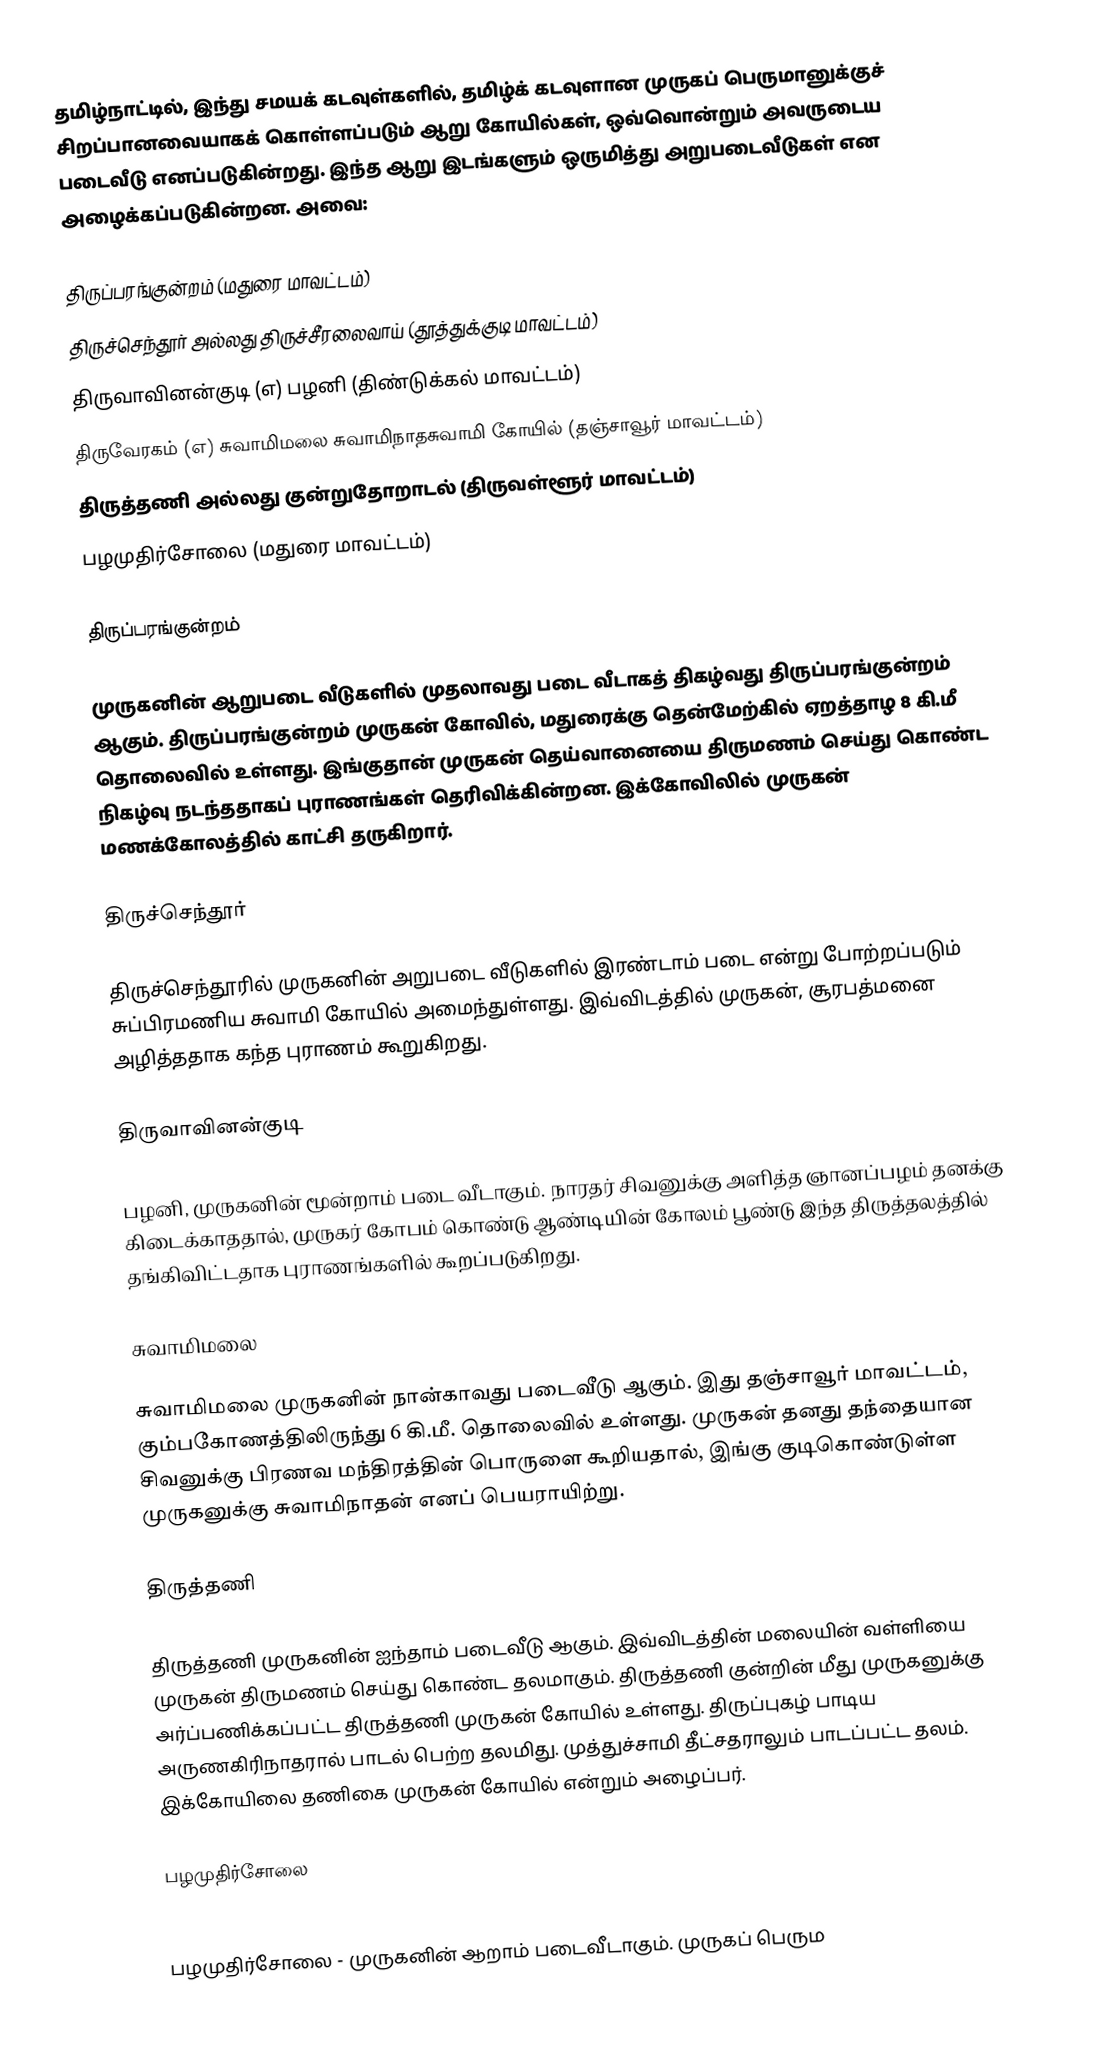
தமிழ்நாட்டில், இந்து சமயக் கடவுள்களில், தமிழ்க் கடவுளான முருகப் பெருமானுக்குச் சிறப்பானவையாகக் கொள்ளப்படும் ஆறு கோயில்கள், ஒவ்வொன்றும் அவருடைய படைவீடு எனப்படுகின்றது. இந்த ஆறு இடங்களும் ஒருமித்து அறுபடைவீடுகள் என அழைக்கப்படுகின்றன. அவை:

 திருப்பரங்குன்றம் (மதுரை மாவட்டம்)
 திருச்செந்தூர் அல்லது திருச்சீரலைவாய் (தூத்துக்குடி மாவட்டம்)
 திருவாவினன்குடி (எ) பழனி (திண்டுக்கல் மாவட்டம்)
 திருவேரகம் (எ) சுவாமிமலை சுவாமிநாதசுவாமி கோயில் (தஞ்சாவூர் மாவட்டம்)
 திருத்தணி அல்லது குன்றுதோறாடல் (திருவள்ளூர் மாவட்டம்)
 பழமுதிர்சோலை (மதுரை மாவட்டம்)

திருப்பரங்குன்றம்

முருகனின் ஆறுபடை வீடுகளில் முதலாவது படை வீடாகத் திகழ்வது திருப்பரங்குன்றம் ஆகும். திருப்பரங்குன்றம் முருகன் கோவில்,  மதுரைக்கு தென்மேற்கில் ஏறத்தாழ 8 கி.மீ தொலைவில் உள்ளது. இங்குதான் முருகன்  தெய்வானையை திருமணம் செய்து கொண்ட நிகழ்வு நடந்ததாகப் புராணங்கள் தெரிவிக்கின்றன. இக்கோவிலில் முருகன் மணக்கோலத்தில் காட்சி தருகிறார்.

திருச்செந்தூர்

திருச்செந்தூரில் முருகனின் அறுபடை வீடுகளில் இரண்டாம் படை என்று போற்றப்படும் சுப்பிரமணிய சுவாமி கோயில் அமைந்துள்ளது. இவ்விடத்தில் முருகன், சூரபத்மனை அழித்ததாக கந்த புராணம் கூறுகிறது.

திருவாவினன்குடி

பழனி, முருகனின் மூன்றாம் படை வீடாகும். நாரதர் சிவனுக்கு அளித்த ஞானப்பழம் தனக்கு கிடைக்காததால், முருகர் கோபம் கொண்டு ஆண்டியின் கோலம் பூண்டு இந்த திருத்தலத்தில் தங்கிவிட்டதாக புராணங்களில் கூறப்படுகிறது.

சுவாமிமலை

சுவாமிமலை முருகனின் நான்காவது படைவீடு ஆகும். இது தஞ்சாவூர் மாவட்டம், கும்பகோணத்திலிருந்து 6 கி.மீ. தொலைவில் உள்ளது. முருகன் தனது தந்தையான சிவனுக்கு பிரணவ மந்திரத்தின் பொருளை கூறியதால், இங்கு குடிகொண்டுள்ள முருகனுக்கு சுவாமிநாதன் எனப் பெயராயிற்று.

திருத்தணி

திருத்தணி முருகனின் ஐந்தாம் படைவீடு ஆகும். இவ்விடத்தின் மலையின் வள்ளியை   முருகன் திருமணம் செய்து கொண்ட தலமாகும். திருத்தணி குன்றின் மீது முருகனுக்கு அர்ப்பணிக்கப்பட்ட திருத்தணி முருகன் கோயில் உள்ளது. திருப்புகழ் பாடிய அருணகிரிநாதரால் பாடல் பெற்ற தலமிது. முத்துச்சாமி தீட்சதராலும் பாடப்பட்ட தலம். இக்கோயிலை தணிகை முருகன் கோயில் என்றும் அழைப்பர்.

பழமுதிர்சோலை

பழமுதிர்சோலை - முருகனின் ஆறாம் படைவீடாகும். முருகப் பெரும